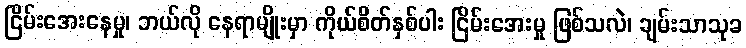
ငြိမ်းအေးနေမှု၊ ဘယ်လို နေရာမျိုးမှာ ကိုယ်စိတ်နှစ်ပါး ငြိမ်းအေးမှု ဖြစ်သလဲ၊ ချမ်းသာသုခ